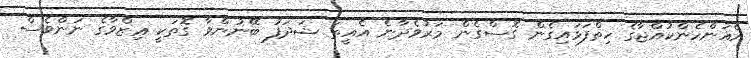
އެއަންހެންކުއްޖާގެ ހިތްފަޅައިގެން ގޮސްގެން މަރުވެދާނެ އެއީތަ ޝަދަފު ބޭނުންވާ ގޮތަކީ ޢިޒްވާގެ ނަންވެސް